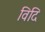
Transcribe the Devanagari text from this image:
विदि